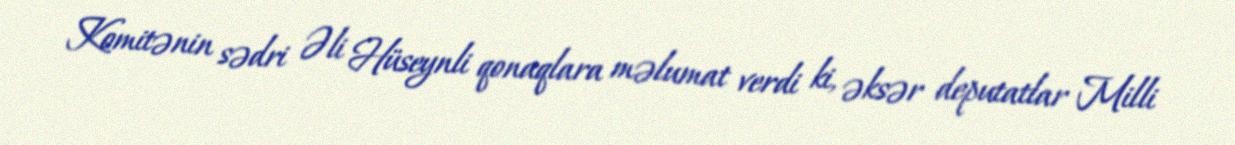
Komitənin sədri Əli Hüseynli qonaqlara məlumat verdi ki, əksər deputatlar Milli